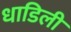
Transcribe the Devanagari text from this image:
धाडिली